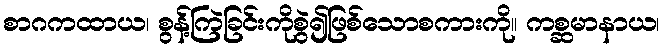
စာဂကထာယ၊ စွန့်ကြဲခြင်းကိုစွဲ၍ဖြစ်သောစကားကို။ ကစ္ဆမာနာယ၊